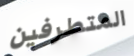
المتطرفين